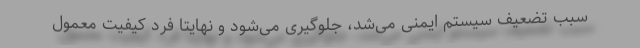
سبب تضعیف سیستم ایمنی می‌شد، جلوگیری می‌شود و نهایتاً فرد کیفیت معمول